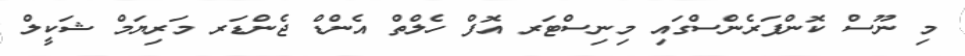
މި ނޫސް ކޮންފަރެންސްގައި މިނިސްޓަރ އޮފް ހެލްތް އެންޑް ޖެންޑަރ މަރިޔަމް ޝަކީލް